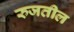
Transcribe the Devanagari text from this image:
रुजतील